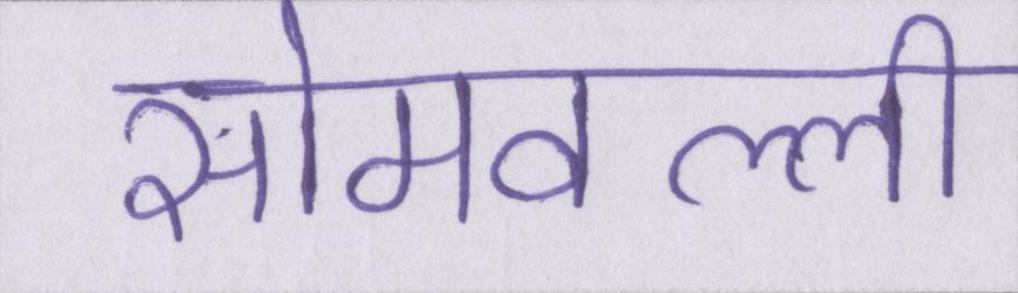
सोमवल्ली